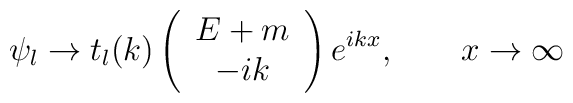
\psi _{l}\to t_{l}(k)\left( \begin{array}{c}E+m \\ -ik\end{array}\right) e^{ikx},\qquad x\to \infty